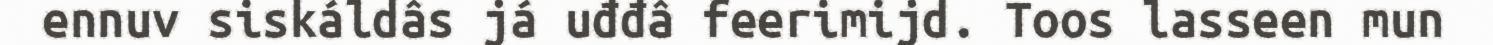
ennuv siskáldâs já uđđâ feerimijd. Toos lasseen mun